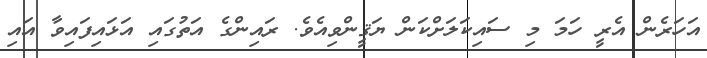
އަހަރެން އެރީ ހަމަ މި ސައިކަލަށްކަން ޔަޤީންވިއެވެ. ރައިންގެ އަތުގައި އަޅައިފައިވާ އައި